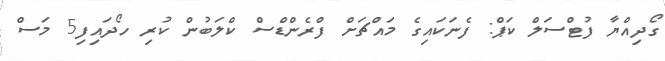
ގޯދިއްޔާ ފުޓްސަލް ކަޕް: ފެނަކައިގެ މައްޗަށް ފްރެންޑްސް ކްލަބުން ކުރި ހޯދައިފި5 މަސް